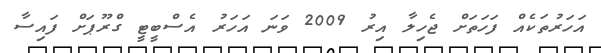
އަހަރުތަކެއް ފަހަތަށް ޖެހިލާ އިރު 2009 ވަނަ އަހަރު އެސްބީޓީ ގްރޫޕަށް ފައިސާ